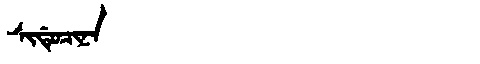
Manchu: ᠰᡳᡩᡠᠴᡳᠨᠠ
Romanization: SIDUCINA